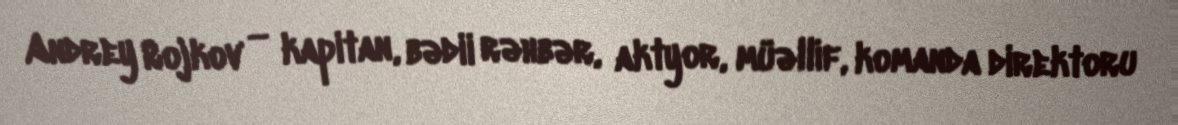
Andrey Rojkov — kapitan, bədii rəhbər, aktyor, müəllif, komanda direktoru